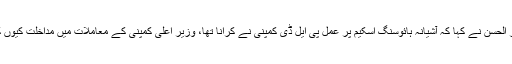
جسٹس اعجاز الحسن نے کہا کہ آشیانہ ہائوسنگ اسکیم پر عمل پی ایل ڈی کمپنی نے کرانا تھا، وزیر اعلیٰ کمپنی کے معاملات میں مداخلت کیوں کرتے رہے؟